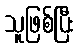
သူဖြစ်ပြီး